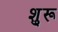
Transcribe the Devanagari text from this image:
शु्रू